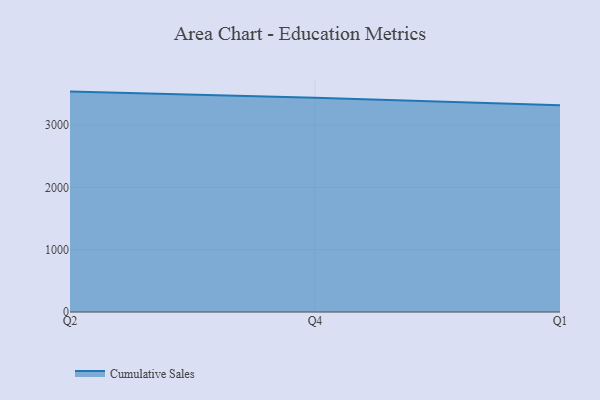
{"axis": {"x": "Quarter", "y": "Waste Production (Tons)"}, "legend": ["Cumulative Sales"], "data": [{"x": "Q2", "y": 3535.2, "type": "Cumulative Sales"}, {"x": "Q4", "y": 3437.8, "type": "Cumulative Sales"}, {"x": "Q1", "y": 3316.7, "type": "Cumulative Sales"}]}